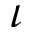
\iota